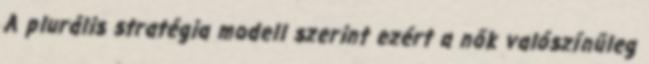
A plurális stratégia modell szerint ezért a nők valószínűleg